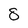
Character: 8